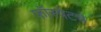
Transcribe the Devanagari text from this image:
फॉस्पेटचे